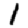
Digit: 1